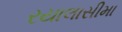
રયાલાસીમા